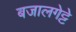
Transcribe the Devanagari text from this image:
बजालगेट्टे